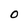
Character: O